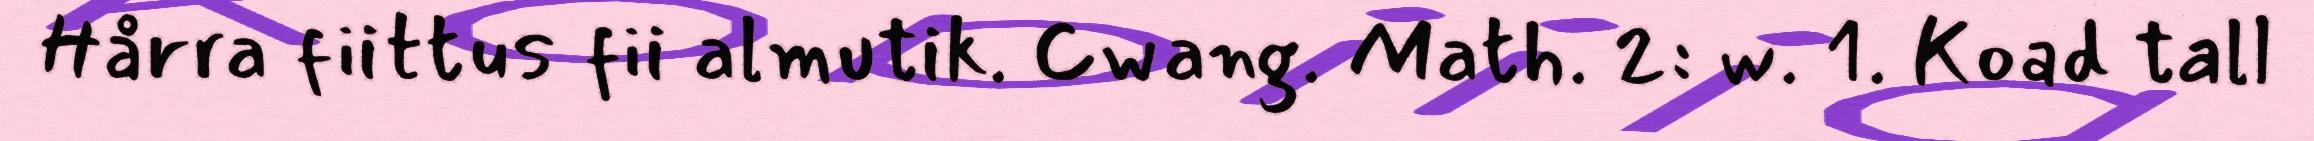
Hårra fiittus fii almutik. Cwang. Math. 2: w. 1. Koad tall